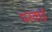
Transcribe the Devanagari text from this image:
परवाई